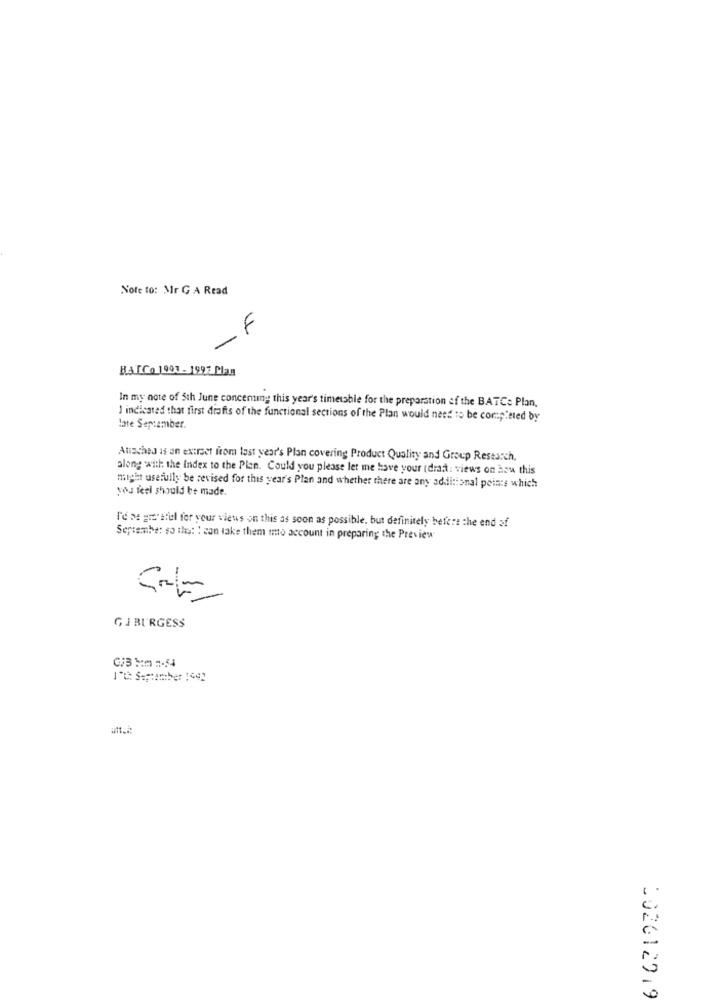
Note to: Mr G A Read
F
-
BATCo 1991 - 1997 Plan
In my note of 5th June concentmg this year's timetable for the preparation of the BATCe Plan,
I indicated that first drafts of the functional sections of the Plan would need to be completed by
late September.
Attached is an extract from last year's Plan covering Product Quality and Group Research.
along with the Index to the Plan. Could you please let me have your (draft: views on hou this
might usefully be revised for this year's Plan and whether there are any additional points which
you feel should be made.
I'd se gre'afel for your views on this as soon as possible, but definitely before the end of
Septemhe: so that I can take them mmo account in preparing the Preview
-
GJBURGESS
1't September 149]
002612019